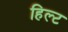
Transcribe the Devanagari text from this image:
हिल्ट